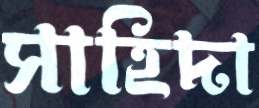
সাহিদা